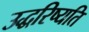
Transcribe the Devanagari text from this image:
उद्धरिष्यति